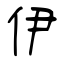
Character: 伊